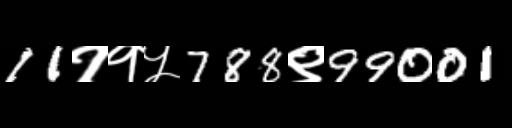
Text: 11११५788९99001